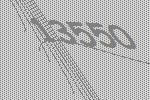
13550